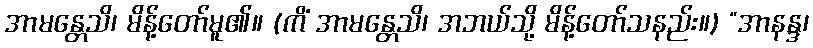
အာမန္တေသိ၊ မိန့်တော်မူ၏။ (ကိံ အာမန္တေသိ၊ အဘယ်သို့ မိန့်တော်သနည်း။) “အာနန္ဒ၊